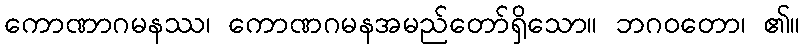
ကောဏာဂမနဿ၊ ကောဏဂမနအမည်တော်ရှိသော။ ဘဂဝတော၊ ၏။